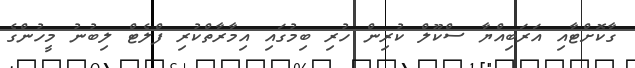
ގާކޮށްޓާއި އަރަބިއްޔާ ސްކޫލް ކުރިން ހުރި ބިމުގައި އިމާރާތްކުރި ފްލެޓް ލިބުނު މީހުންގެ